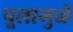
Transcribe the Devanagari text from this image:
पूलामुळे